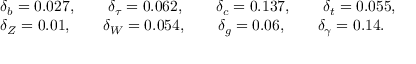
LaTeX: \begin{array} { l } { { \delta _ { b } = 0 . 0 2 7 , \qquad \delta _ { \tau } = 0 . 0 6 2 , \qquad \delta _ { c } = 0 . 1 3 7 , \qquad \delta _ { t } = 0 . 0 5 5 , } } \\ { { \delta _ { Z } = 0 . 0 1 , \qquad \delta _ { W } = 0 . 0 5 4 , \qquad \delta _ { g } = 0 . 0 6 , \qquad \delta _ { \gamma } = 0 . 1 4 . } } \end{array}